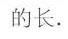
的长。